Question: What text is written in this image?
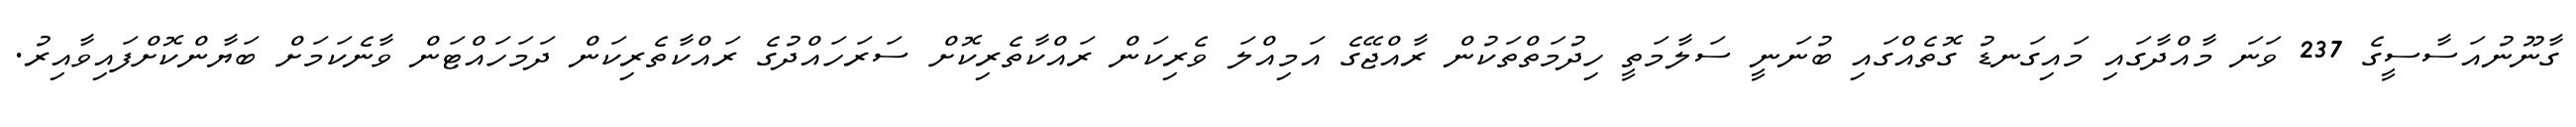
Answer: ގާނޫނުއަސާސީގެ 237 ވަނަ މާއްދާގައި މައިގަނޑު ގޮތެއްގައި ބުނަނީ ސަލާމަތީ ހިދުމަތްތަކުން ރާއްޖޭގެ އަމިއްލަ ވެރިކަން ރައްކާތެރިކޮށް ސަރަހައްދުގެ ރައްކާތެރިކަން ދަމަހައްޓަން ވާނެކަމަށް ބަޔާންކޮށްފައިވާއިރު.